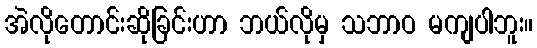
အဲလိုတောင်းဆိုခြင်းဟာ ဘယ်လိုမှ သဘာဝ မကျပါဘူး။